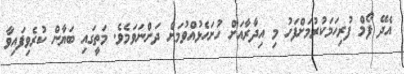
އެދޭ ފޯމް ފުރިހަމަކުރުމަށްފަހު މި އިދާރާއަށް ހުށަހެޅުއްވުމަށް ދަންނަވަމެވެ. މަތީގައި ބަޔާން ކުރެވިފައިވާ